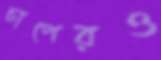
চাপেরও